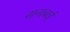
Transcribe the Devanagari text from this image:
नानाबाई